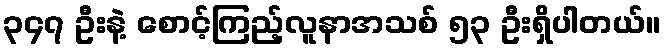
၃၄၇ ဦးနဲ့ စောင့်ကြည့်လူနာအသစ် ၅၃ ဦးရှိပါတယ်။